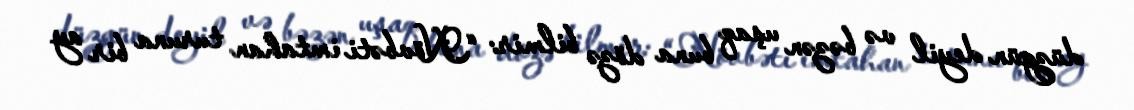
düzgün deyil və bəzən uşaq buna dözə bilmir: “Növbəti imtahan turuna bir ay